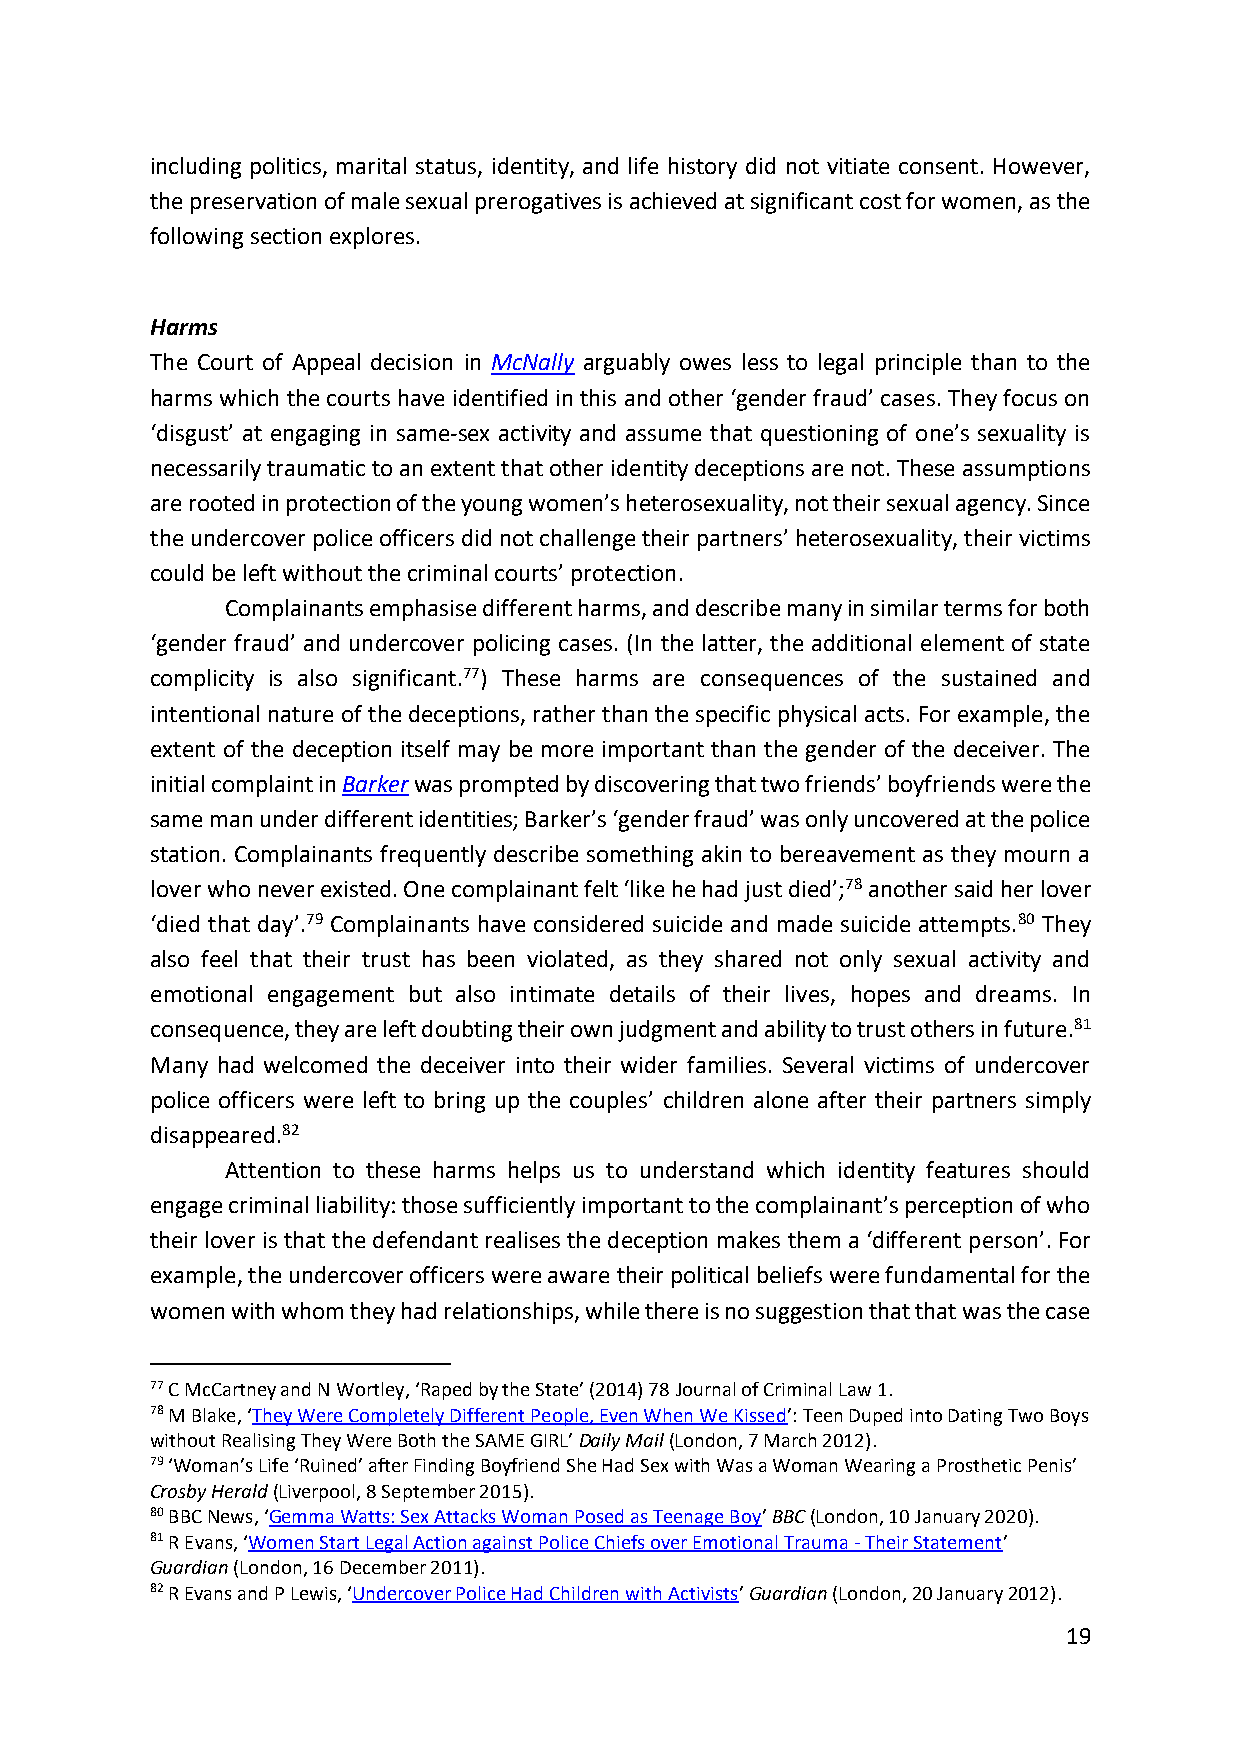
including politics, marital status, identity, and life history did not vitiate consent. However,
 the preservation of male sexual prerogatives is achieved at significant cost for women, as the
 following section explores.
 Harms
 The Court of Appeal decision in McNally arguably owes less to legal principle than to the
 harms which the courts have identified in this and other ‘gender fraud’ cases. They focus on
 ‘disgust’ at engaging in same-sex activity and assume that questioning of one’s sexuality is
 necessarily traumatic to an extent that other identity deceptions are not. These assumptions
 are rooted in protection of the young women’s heterosexuality, not their sexual agency. Since
 the undercover police officers did not challenge their partners’ heterosexuality, their victims
 could be left without the criminal courts’ protection.
 Complainants emphasise different harms, and describe many in similar terms for both
 ‘gender fraud’ and undercover policing cases. (In the latter, the additional element of state
 complicity is also significant.77) These harms are consequences of the sustained and
 intentional nature of the deceptions, rather than the specific physical acts. For example, the
 extent of the deception itself may be more important than the gender of the deceiver. The
 initial complaint in Barker was prompted by discovering that two friends’ boyfriends were the
 same man under different identities; Barker’s ‘gender fraud’ was only uncovered at the police
 station. Complainants frequently describe something akin to bereavement as they mourn a
 lover who never existed. One complainant felt ‘like he had just died’;78 another said her lover
 ‘died that day’.79 Complainants have considered suicide and made suicide attempts.80 They
 also feel that their trust has been violated, as they shared not only sexual activity and
 emotional engagement but also intimate details of their lives, hopes and dreams. In
 consequence, they are left doubting their own judgment and ability to trust others in future.81
 Many had welcomed the deceiver into their wider families. Several victims of undercover
 police officers were left to bring up the couples’ children alone after their partners simply
 disappeared.82
 Attention to these harms helps us to understand which identity features should
 engage criminal liability: those sufficiently important to the complainant’s perception of who
 their lover is that the defendant realises the deception makes them a ‘different person’. For
 example, the undercover officers were aware their political beliefs were fundamental for the
 women with whom they had relationships, while there is no suggestion that that was the case
 77 C McCartney and N Wortley, ‘Raped by the State’ (2014) 78 Journal of Criminal Law 1.
 78 M Blake, ‘They Were Completely Different People, Even When We Kissed’: Teen Duped into Dating Two Boys
 without Realising They Were Both the SAME GIRL’ Daily Mail (London, 7 March 2012).
 79 ‘Woman’s Life ‘Ruined’ after Finding Boyfriend She Had Sex with Was a Woman Wearing a Prosthetic Penis’
 Crosby Herald (Liverpool, 8 September 2015).
 80 BBC News, ‘Gemma Watts: Sex Attacks Woman Posed as Teenage Boy’ BBC (London, 10 January 2020).
 81 R Evans, ‘Women Start Legal Action against Police Chiefs over Emotional Trauma - Their Statement’
 Guardian (London, 16 December 2011).
 82 R Evans and P Lewis, ‘Undercover Police Had Children with Activists’ Guardian (London, 20 January 2012).
 19